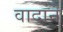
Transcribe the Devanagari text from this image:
वादाने